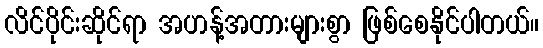
လိင်ပိုင်းဆိုင်ရာ အဟန့်အတားများစွာ ဖြစ်စေနိုင်ပါတယ်။